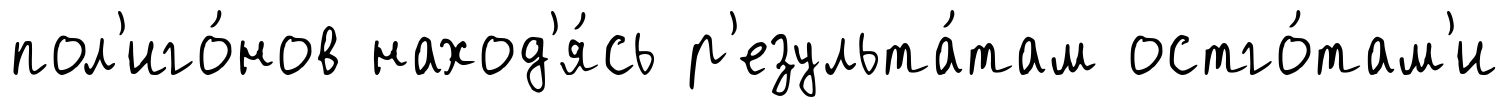
пол'иго́нов наход'я́сь р'езульта́там остго́там'и